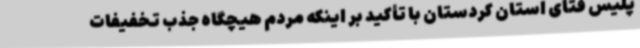
پلیس فتای استان کردستان با تأکید بر اینکه مردم هیچگاه جذب تخفیفات